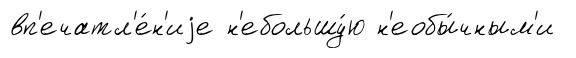
вп'ечатл'е́н'иjе н'ебольшу́ю н'еобы́чным'и